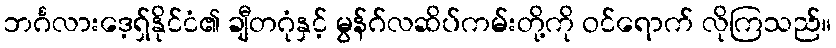
ဘင်္ဂလားဒေ့ရှ်နိုင်ငံ၏ ချီတဂုံနှင့် မွန်ဂ်လဆိပ်ကမ်းတို့ကို ဝင်ရောက် လိုကြသည်။